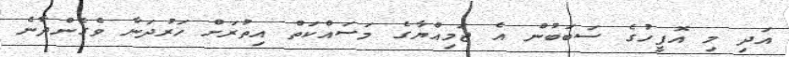
އަދި މި އޮފީހުގެ ސަބަބުން އެ ޖަމިއްޔާގެ މަސައްކަތް އިތުރަށް ހަރުދަނާ ވެގެންދާނެ